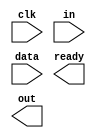
module serial(input wire clk,
              input wire in,
              input wire [7:0] data,
              output wire ready,
              output wire out);
  // TODO
endmodule